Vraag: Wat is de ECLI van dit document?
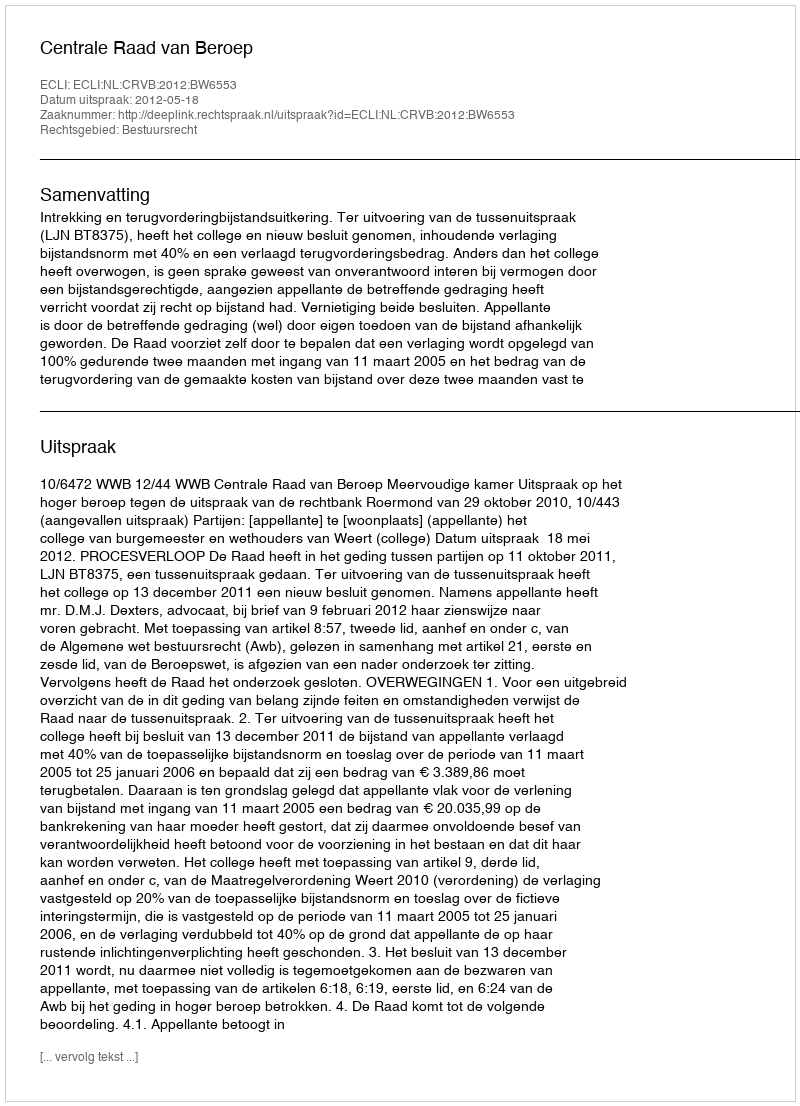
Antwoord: ECLI:NL:CRVB:2012:BW6553